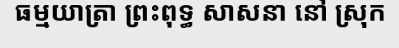
ធម្មយាត្រា ព្រះពុទ្ធ សាសនា នៅ ស្រុក